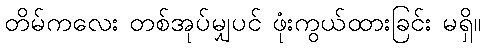
တိမ်ကလေး တစ်အုပ်မျှပင် ဖုံးကွယ်ထားခြင်း မရှိ။